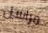
مراسل